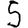
Digit: 5